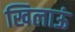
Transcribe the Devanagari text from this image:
खिलाऊं